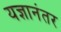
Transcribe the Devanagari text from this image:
यज्ञानंतर